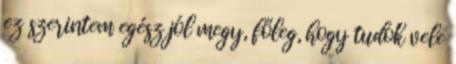
ez szerintem egész jól megy, főleg, hogy tudok vele